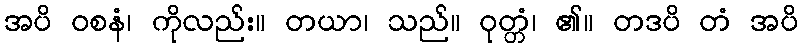
အပိ ဝစနံ၊ ကိုလည်း။ တယာ၊ သည်။ ဝုတ္တံ၊ ၏။ တဒပိ တံ အပိ